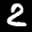
Label: 2